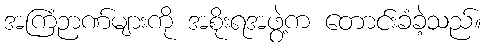
အကြံဉာဏ်များကို အစိုးရအဖွဲ့က တောင်းခံခဲ့သည်။